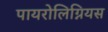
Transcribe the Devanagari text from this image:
पायरोलिग्नियस